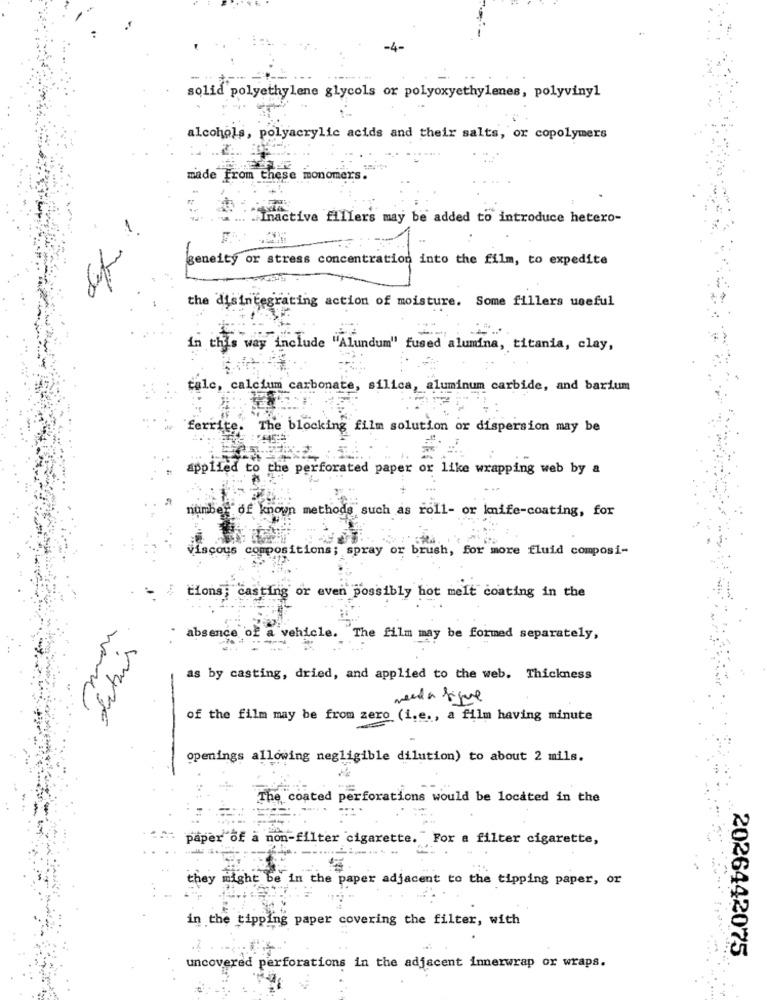
-4-
solid polyethylene glycols or polyoxyethylenes, polyvinyl
alcohols, polyacrylic acids and their salts, or copolymers
made From these monomer
Inactive fillers may be added to introduce hetero-
geneity or stress concentration into the film, to expedite
the disintegrating action of moisture. Some fillers useful
in this way include "Alundum" fused alumina, titania, clay,
lc, calcium carbonate, silica, aluminum carbide, and barium
ferrite.
The blocking film solution or dispersion may be
applied to the perforated paper or like wrapping web by a
et of known methods such as roll- or knife-coating, for
Viscous compositions; spray or brush, for more fluid composi-
tions; casting or even possibly hot melt coating in the
Libuis
absence of a vehicle. The film may be formed separately,
as by casting, dried, and applied to the web. Thickness
medda fique
of the film may be from zero (i.e ., a film having minute
openings allowing negligible dilution) to about 2 mils.
The coated perforations would be located in the
paper of a non-filter cigarette. For a filter cigarette,
they might be in the paper adjacent to the tipping paper, or
in the tipping paper covering the filter, with
2026442075
uncovered perforations in the adjacent innerwrap or wraps.